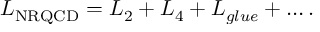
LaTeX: { \cal L } _ { \mathrm { N R Q C D } } = { \cal L } _ { 2 } + { \cal L } _ { 4 } + { \cal L } _ { g l u e } + \ldots .